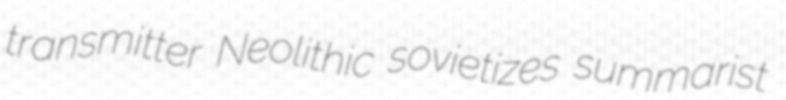
transmitter Neolithic sovietizes summarist